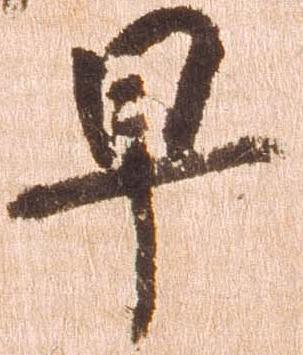
早